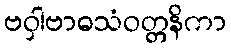
ဗဝှါဗာဓသံဝတ္တနိကာ